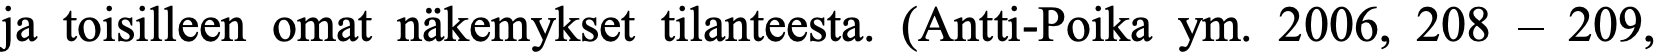
ja toisilleen omat näkemykset tilanteesta. (Antti-Poika ym. 2006, 208 – 209,